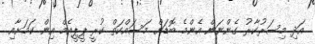
އަދި މިސަރުކާރު ގެންނަން އެންމެ ބޮޑަށް މަސައްކަތް ކުރީ ޕީޕީއެމް އިން ކަމަށާއި